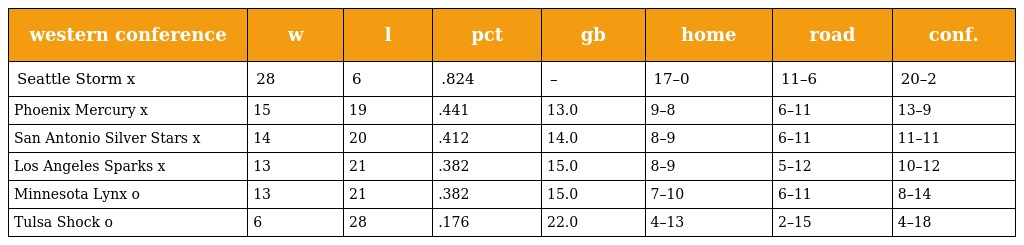
| western conference | w | l | pct | gb | home | road | conf. |
 | --- | --- | --- | --- | --- | --- | --- | --- |
 | Seattle Storm x | 28 | 6 | .824 | – | 17–0 | 11–6 | 20–2 |
 | Phoenix Mercury x | 15 | 19 | .441 | 13.0 | 9–8 | 6–11 | 13–9 |
 | San Antonio Silver Stars x | 14 | 20 | .412 | 14.0 | 8–9 | 6–11 | 11–11 |
 | Los Angeles Sparks x | 13 | 21 | .382 | 15.0 | 8–9 | 5–12 | 10–12 |
 | Minnesota Lynx o | 13 | 21 | .382 | 15.0 | 7–10 | 6–11 | 8–14 |
 | Tulsa Shock o | 6 | 28 | .176 | 22.0 | 4–13 | 2–15 | 4–18 |